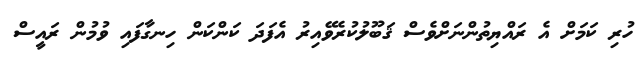
ހުރި ކަމަށް އެ ރައްޔިތުންނަށްވެސް ޤަބޫލުކުރެވޭއިރު އެފަދަ ކަންކަން ހިނގާފައި ވުމުން ރައީސް